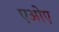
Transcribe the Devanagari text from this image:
एओए